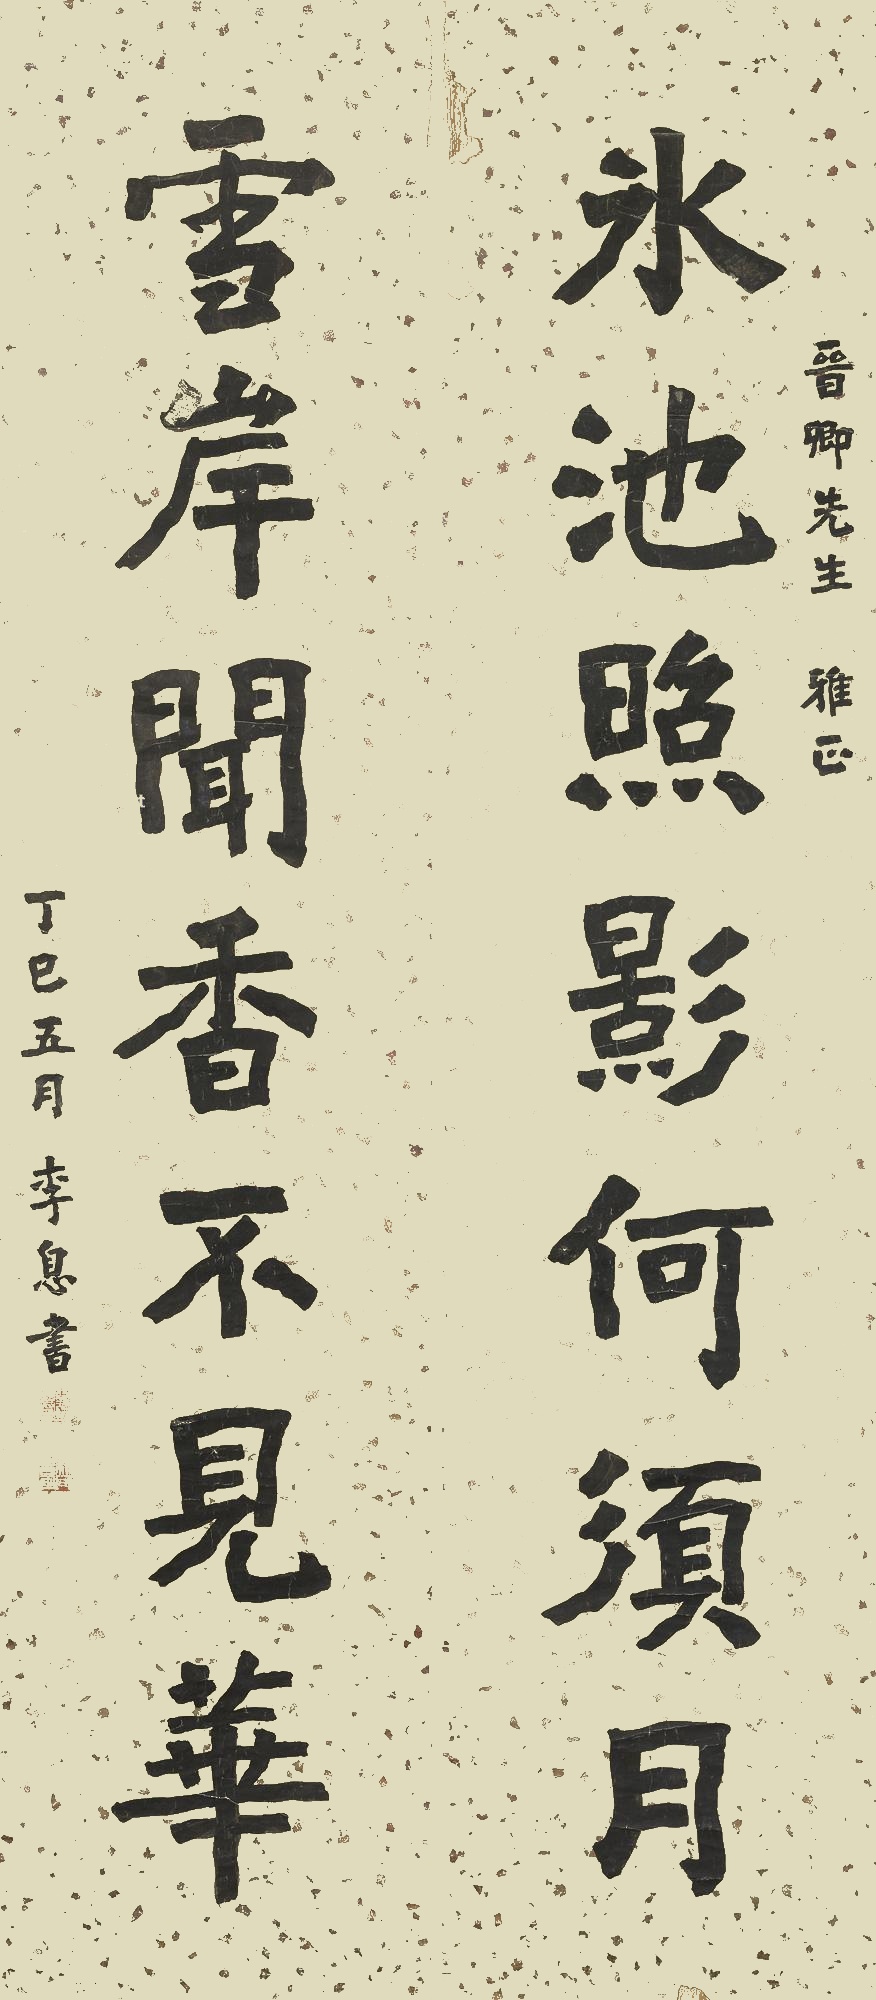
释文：水池照影何须月，雪岸闻香不见花。晋卿先生雅正，丁巳五月，李息书。